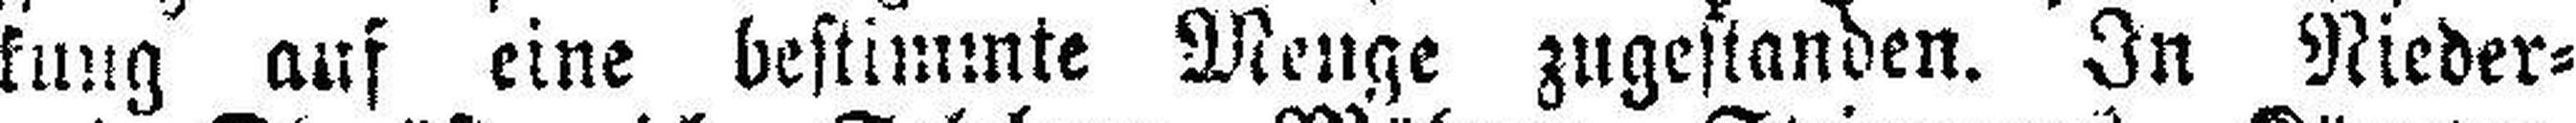
kung auf eine bestimmte Menge zugestanden. In Nieder=